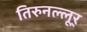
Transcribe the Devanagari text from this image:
तिरुनल्लूर्